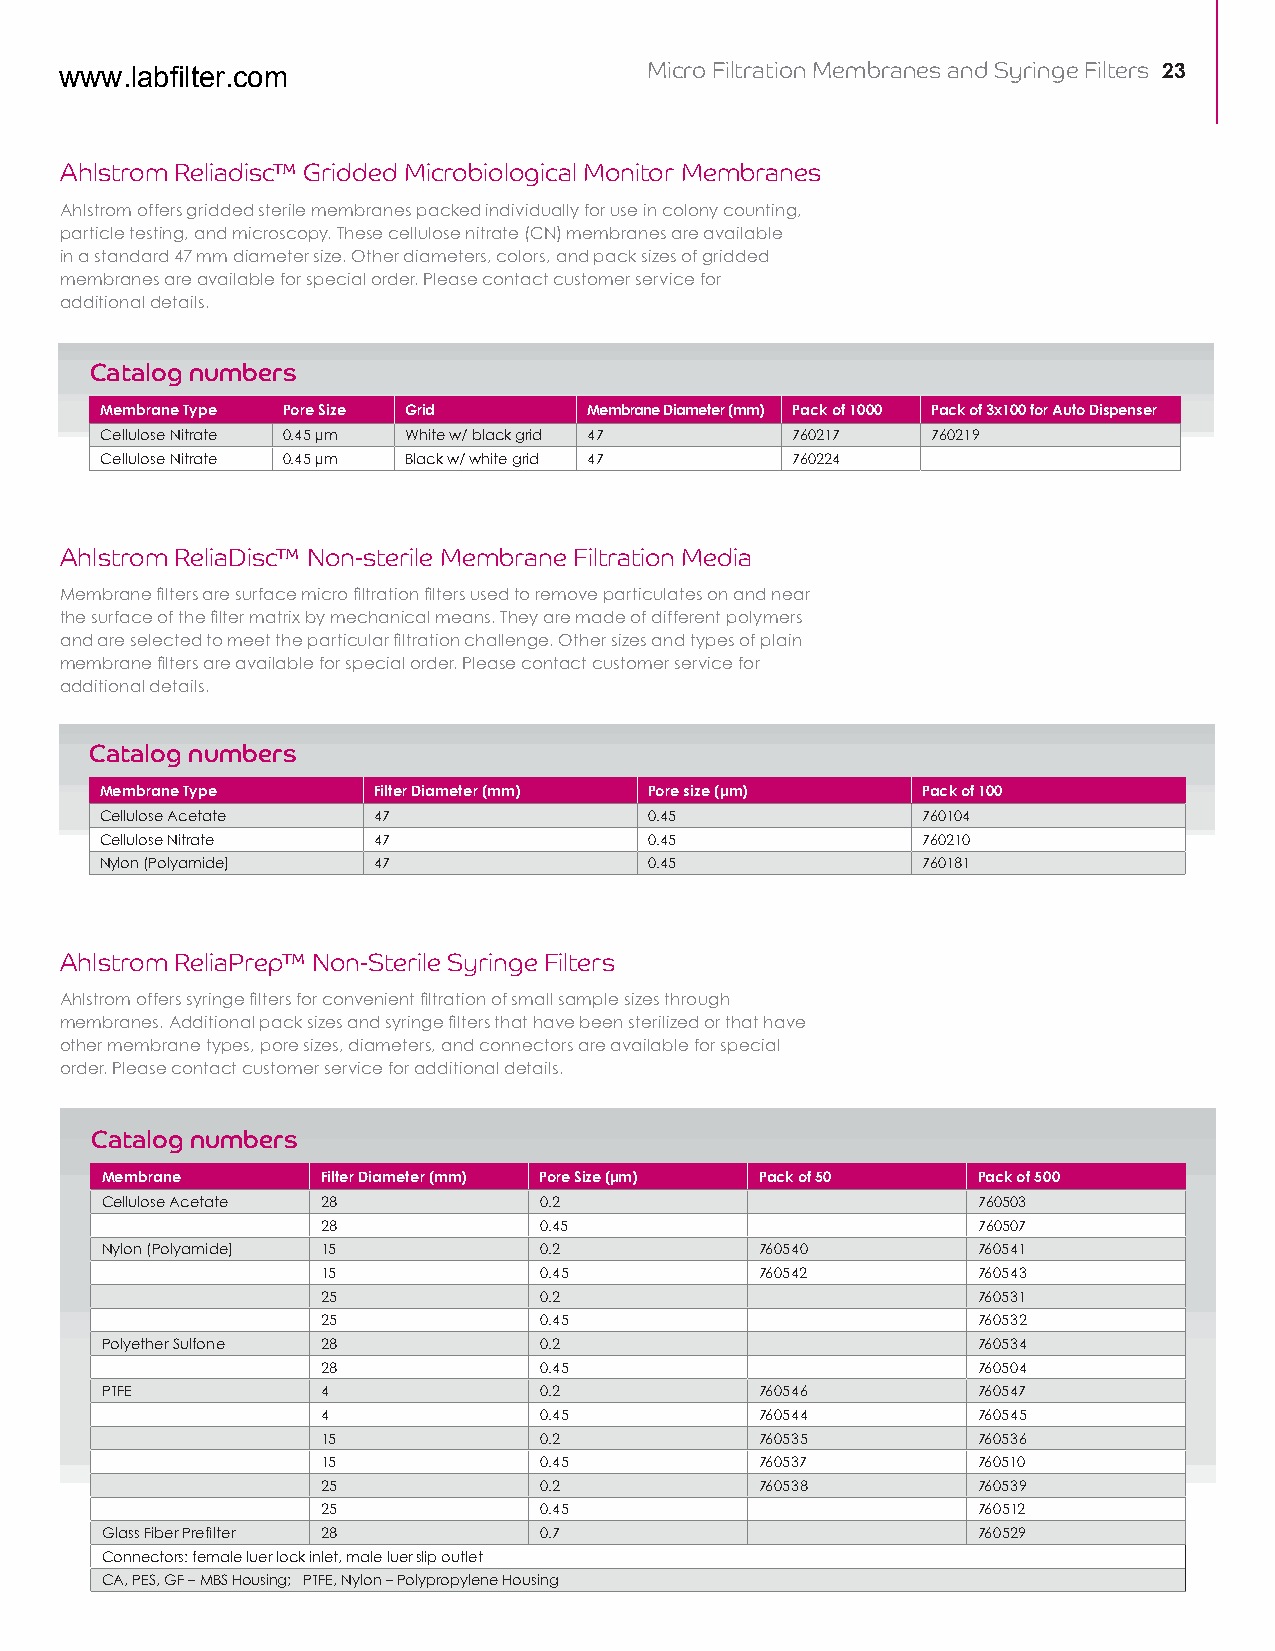
Micro Filtration Membranes and Syringe Filters 23
 www.labfilter.com
 Ahlstrom Reliadisc™ Gridded Microbiological Monitor Membranes
 Ahlstrom offers gridded sterile membranes packed individually for use in colony counting,
 particle testing, and microscopy. These cellulose nitrate (CN) membranes are available
 in a standard 47 mm diameter size. Other diameters, colors, and pack sizes of gridded
 membranes are available for special order. Please contact customer service for
 additional details.
 Catalog numbers
 Membrane Type Pore Size Grid    Membrane Diameter (mm) Pack of 1000 Pack of 3x100 for Auto Dispenser
 Cellulose Nitrate 0.45 µm White w/ black grid 47 760217 760219
 Cellulose Nitrate 0.45 µm Black w/ white grid 47 760224
 Ahlstrom ReliaDisc™ Non-sterile Membrane Filtration Media
 Membrane filters are surface micro filtration filters used to remove particulates on and near
 the surface of the filter matrix by mechanical means. They are made of different polymers
 and are selected to meet the particular filtration challenge. Other sizes and types of plain
 membrane filters are available for special order. Please contact customer service for
 additional details.
 Catalog numbers
 Membrane Type     Filter Diameter (mm) Pore size (µm) Pack of 100
 Cellulose Acetate 47                0.45              760104
 Cellulose Nitrate 47                0.45              760210
 Nylon (Polyamide) 47                0.45              760181
 Ahlstrom ReliaPrep™ Non-Sterile Syringe Filters
 Ahlstrom offers syringe filters for convenient filtration of small sample sizes through
 membranes. Additional pack sizes and syringe filters that have been sterilized or that have
 other membrane types, pore sizes, diameters, and connectors are available for special
 order. Please contact customer service for additional details.
 Catalog numbers
 Membrane      Filter Diameter (mm) Pore Size (µm) Pack of 50 Pack of 500
 Cellulose Acetate 28         0.2                          760503
 28             0.45                         760507
 Nylon (Polyamide) 15         0.2           760540         760541
 15             0.45          760542         760543
 25             0.2                          760531
 25             0.45                         760532
 Polyether Sulfone 28         0.2                          760534
 28             0.45                         760504
 PTFE          4              0.2           760546         760547
 4              0.45          760544         760545
 15             0.2           760535         760536
 15             0.45          760537         760510
 25             0.2           760538         760539
 25             0.45                         760512
 Glass Fiber Prefilter 28     0.7                          760529
 Connectors: female luer lock inlet, male luer slip outlet
 CA, PES, GF – MBS Housing; PTFE, Nylon – Polypropylene Housing